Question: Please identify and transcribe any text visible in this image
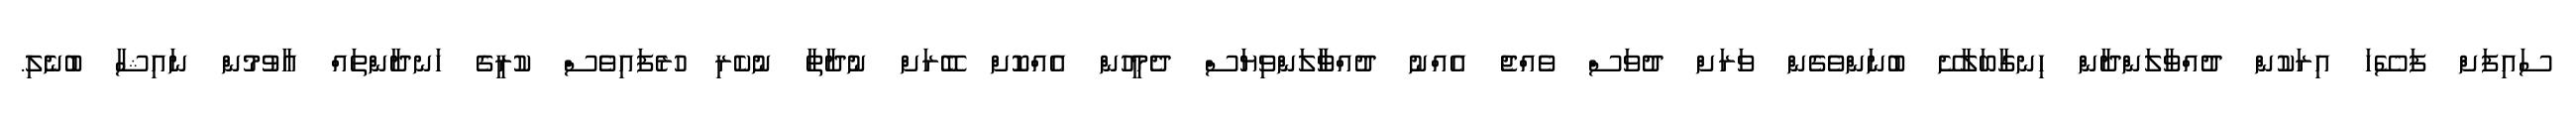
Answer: ސައިފަށް ފަސޭހަ އިރަކުން ދުއްވާލަންދާން ހިނގާބަލާށޭ ބުނަންވެގެން ވަރަށް ދުވަސް ވެއްޖެ އެއްނު ދުއްވާާލަންވިޔަސް ދެމީހުން އެއްކޮށް ބޭރަށް ނުދާތާ ނުކެރި ހުރެފައިވެސް ކުރީގެ ހަނދާންތައް އާވުމުން ނައިޝާ ބުނެލި.